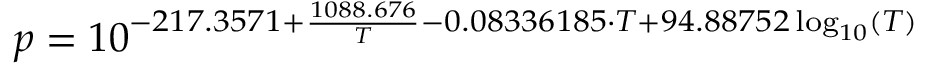
p = 1 0 ^ { - 2 1 7 . 3 5 7 1 + \frac { 1 0 8 8 . 6 7 6 } { T } - 0 . 0 8 3 3 6 1 8 5 \cdot { } T + 9 4 . 8 8 7 5 2 \log _ { 1 0 } ( T ) }